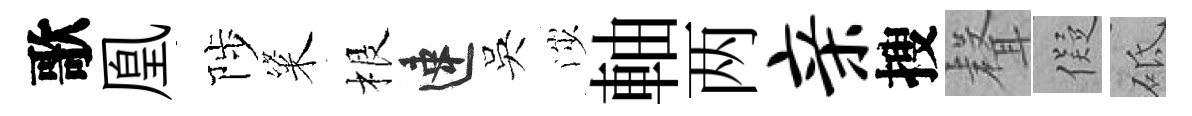
歌凰陟粢根速吳渉軸两亲搜𮋻儗砥